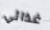
غذائي